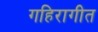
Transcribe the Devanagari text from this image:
गहिरागीत